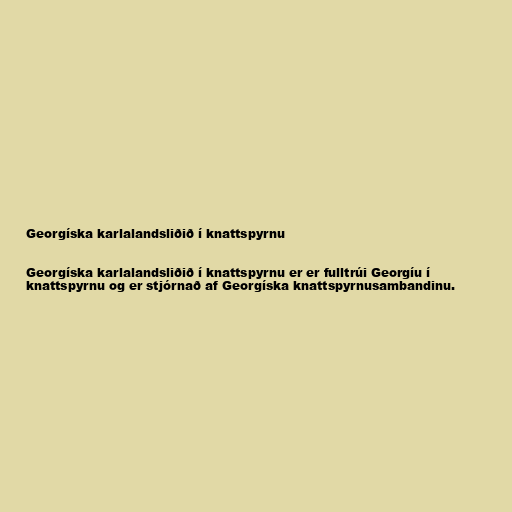
Georgíska karlalandsliðið í knattspyrnu

Georgíska karlalandsliðið í knattspyrnu er er fulltrúi Georgíu í
knattspyrnu og er stjórnað af Georgíska knattspyrnusambandinu.